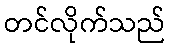
တင်လိုက်သည်